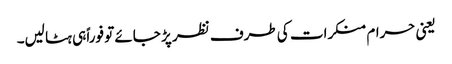
یعنی حرام منکرات کی طرف نظر پڑ جائے تو فوراً ہی ہٹا لیں۔